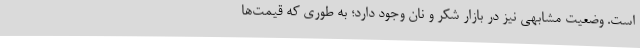
است. وضعیت مشابهی نیز در بازار شکر و نان وجود دارد؛ به طوری که قیمت‌ها